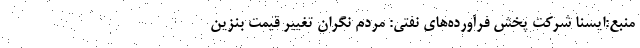
منبع:ایسنا شرکت پخش فرآورده‌های نفتی: مردم نگران تغییر قیمت بنزین